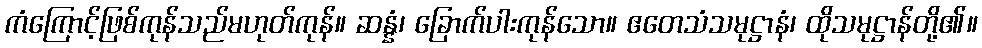
ကံကြောင့်ဖြစ်ကုန်သည်မဟုတ်ကုန်။ ဆန္နံ၊ ခြောက်ပါးကုန်သော။ ဧတေသံသမုဋ္ဌာနံ၊ ထိုသမုဋ္ဌာန်တို့၏။